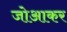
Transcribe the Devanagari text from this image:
जोआकर